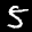
Label: 5